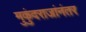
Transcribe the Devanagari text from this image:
मुकुंदराजांनंतर